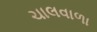
ચાલવાળા